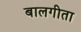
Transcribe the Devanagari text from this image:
बालगीता